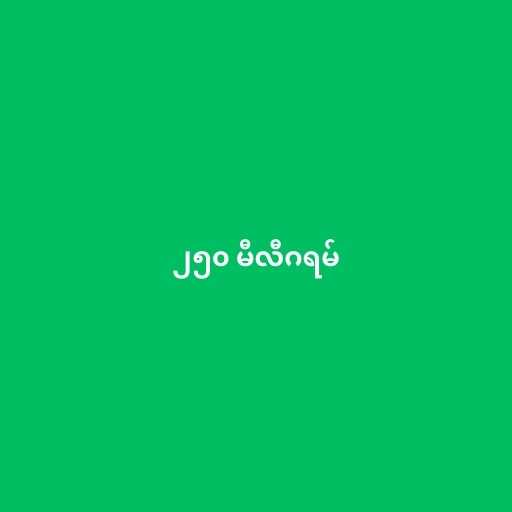
၂၅၀ မီလီဂရမ်